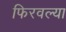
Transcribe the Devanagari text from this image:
फिरवल्या